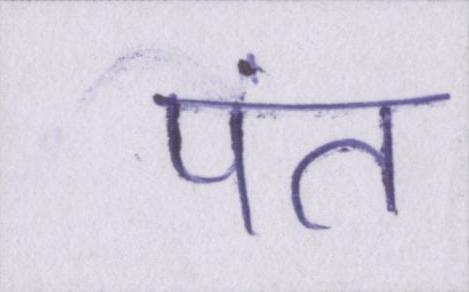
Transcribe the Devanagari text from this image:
पंत